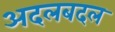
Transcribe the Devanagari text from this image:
अदलबदल